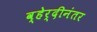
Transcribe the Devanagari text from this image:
व्हेर्दीनंतर